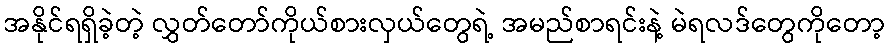
အနိုင်ရရှိခဲ့တဲ့ လွှတ်တော်ကိုယ်စားလှယ်တွေရဲ့ အမည်စာရင်းနဲ့ မဲရလဒ်တွေကိုတော့